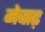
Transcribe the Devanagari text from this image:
मेवाढ़